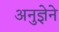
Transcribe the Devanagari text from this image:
अनुज्ञेने